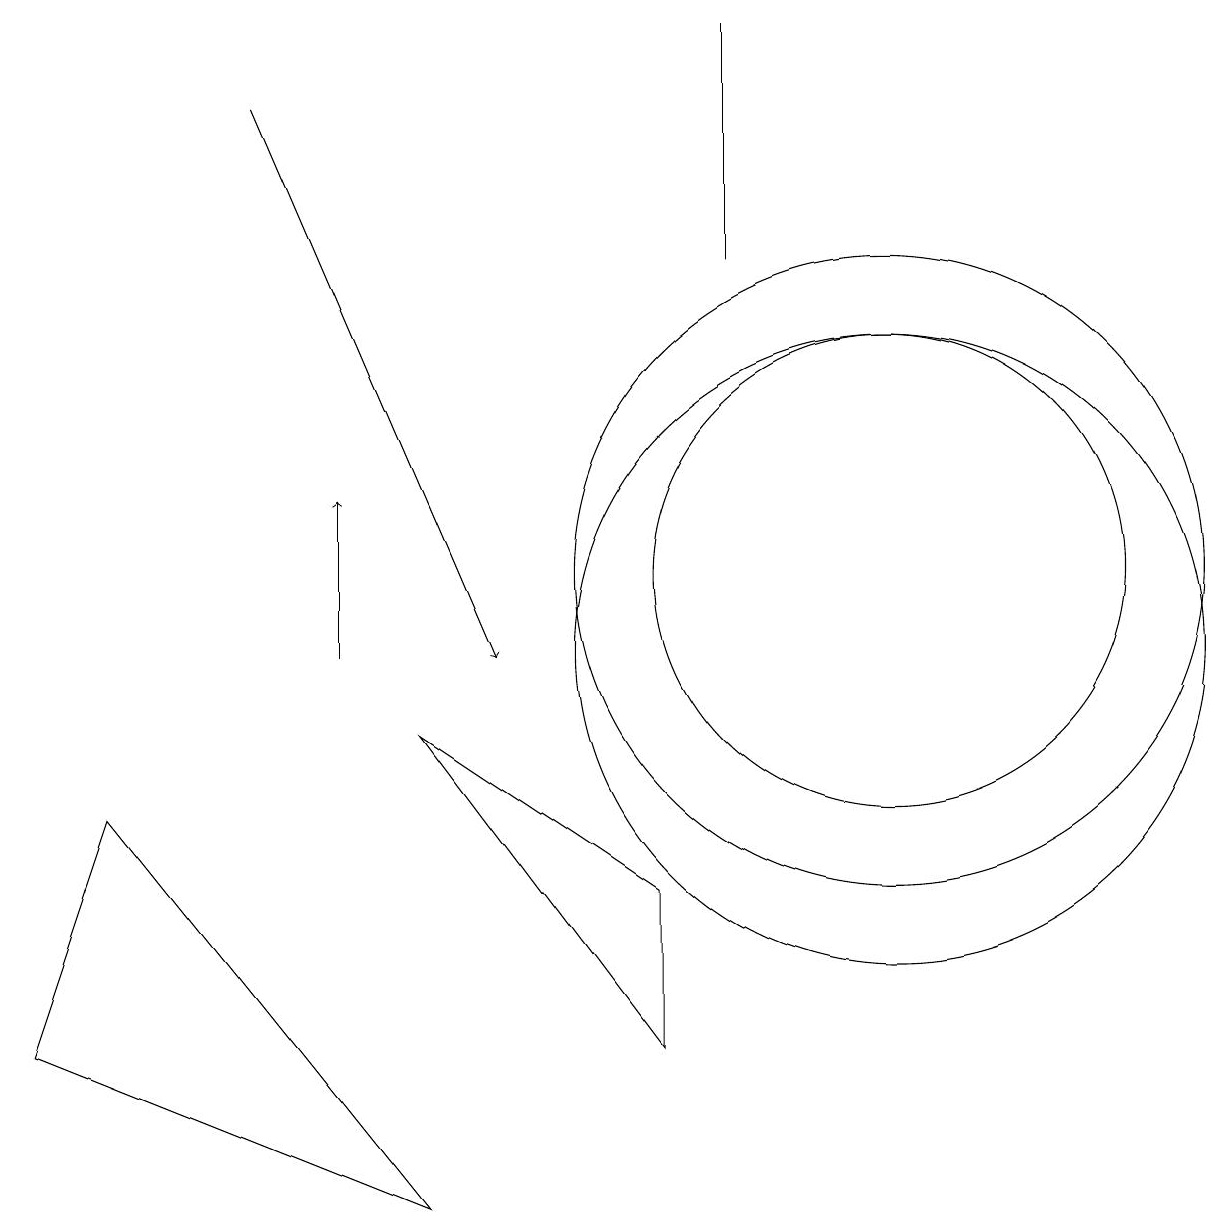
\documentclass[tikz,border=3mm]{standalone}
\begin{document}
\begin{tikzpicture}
\draw (11,10) circle (4);
\draw (1,8) -- (0,5) -- (5,3) -- cycle;
\draw (11,11) circle (4);
\draw (5,9) -- (8,5) -- (8,7) -- cycle;
\draw[->] (3,17) -- (6,10);
\draw (11,11) circle (3);
\draw[->] (4,10) -- (4,12);
\draw (9,15) rectangle (9,18);
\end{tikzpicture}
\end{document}